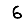
Digit: 6